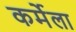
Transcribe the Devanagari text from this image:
कर्मेला